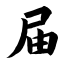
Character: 届